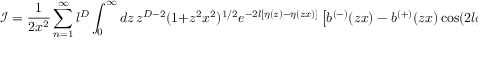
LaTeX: { \mathcal { I } } = \frac { 1 } { 2 x ^ { 2 } } \sum _ { n = 1 } ^ { \infty } l ^ { D } \int _ { 0 } ^ { \infty } d z \, z ^ { D - 2 } ( 1 + z ^ { 2 } x ^ { 2 } ) ^ { 1 / 2 } e ^ { - 2 l [ \eta ( z ) - \eta ( z x ) ] } \left[ b ^ { ( - ) } ( z x ) - b ^ { ( + ) } ( z x ) \cos ( 2 l \phi ) \right] ,